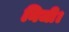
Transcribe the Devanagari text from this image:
निजी।